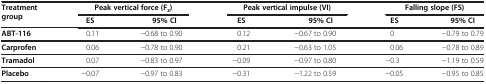
<table><thead><tr><td><b>Treatment group</b></td><td colspan="2"><b>Peak vertical force (F<sub>z</sub>)</b></td><td colspan="2"><b>Peak vertical impulse (VI)</b></td><td colspan="2"><b>Falling slope (FS)</b></td></tr><tr><td><b> </b></td><td><b>ES</b></td><td><b>95% CI</b></td><td><b>ES</b></td><td><b>95% CI</b></td><td><b>ES</b></td><td><b>95% CI</b></td></tr></thead><tbody><tr><td><b>ABT-116</b></td><td>0.11</td><td>−0.68 to 0.90</td><td>0.12</td><td>−0.67 to 0.90</td><td>0</td><td>−0.79 to 0.79</td></tr><tr><td><b>Carprofen</b></td><td>0.06</td><td>−0.78 to 0.90</td><td>0.21</td><td>−0.63 to 1.05</td><td>0.06</td><td>−0.78 to 0.89</td></tr><tr><td><b>Tramadol</b></td><td>0.07</td><td>−0.83 to 0.97</td><td>−0.09</td><td>−0.97 to 0.80</td><td>−0.3</td><td>−1.19 to 0.59</td></tr><tr><td><b>Placebo</b></td><td>−0.07</td><td>−0.97 to 0.83</td><td>−0.31</td><td>−1.22 to 0.59</td><td>−0.05</td><td>−0.95 to 0.85</td></tr></tbody></table>